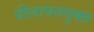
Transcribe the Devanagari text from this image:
पीलापनयुक्त